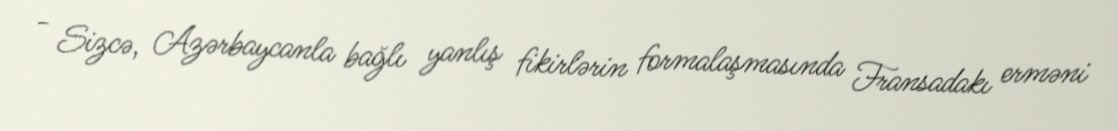
- Sizcə, Azərbaycanla bağlı yanlış fikirlərin formalaşmasında Fransadakı erməni